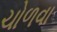
ચોળવા